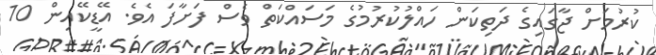
ކުރުމަށް ޖާގައިގެ ދަތިކަން ހައްލުކުރުމުގެ މަސައްކަތް ވެސް ފަށާފަ އެވެ. އޭޑީކޭއިން 10